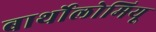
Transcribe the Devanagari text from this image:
बार्थोलोमियू